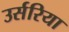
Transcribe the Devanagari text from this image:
उर्सरिया